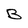
Character: B